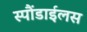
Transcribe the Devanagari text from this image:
स्पौंडाईलस